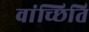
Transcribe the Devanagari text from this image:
वांच्छिति